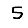
Digit: 5